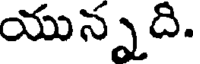
యున్నది.